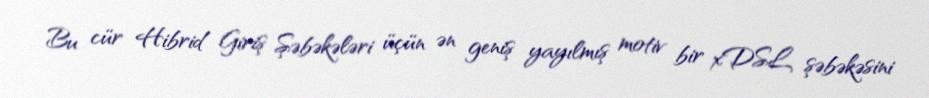
Bu cür Hibrid Giriş Şəbəkələri üçün ən geniş yayılmış motiv bir xDSL şəbəkəsini